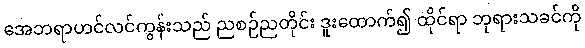
အေဘရာဟင်လင်ကွန်းသည် ညစဉ်ညတိုင်း ဒူးထောက်၍ ထိုင်ရာ ဘုရားသခင်ကို